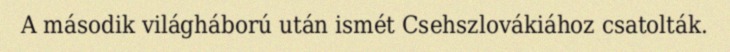
A második világháború után ismét Csehszlovákiához csatolták.